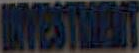
INVESTMENT